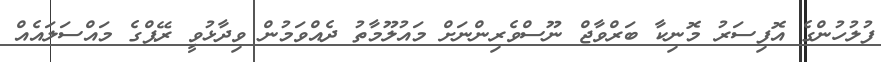
ފުލުހުންގެ އޮފިސަރު މޮނިކާ ބަރްވާޖް ނޫސްވެރިންނަށް މައުލޫމާތު ދެއްވަމުން ވިދާޅުވީ ރޭޕްގެ މައްސަލައެއް